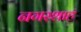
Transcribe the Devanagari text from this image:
नगरशाह